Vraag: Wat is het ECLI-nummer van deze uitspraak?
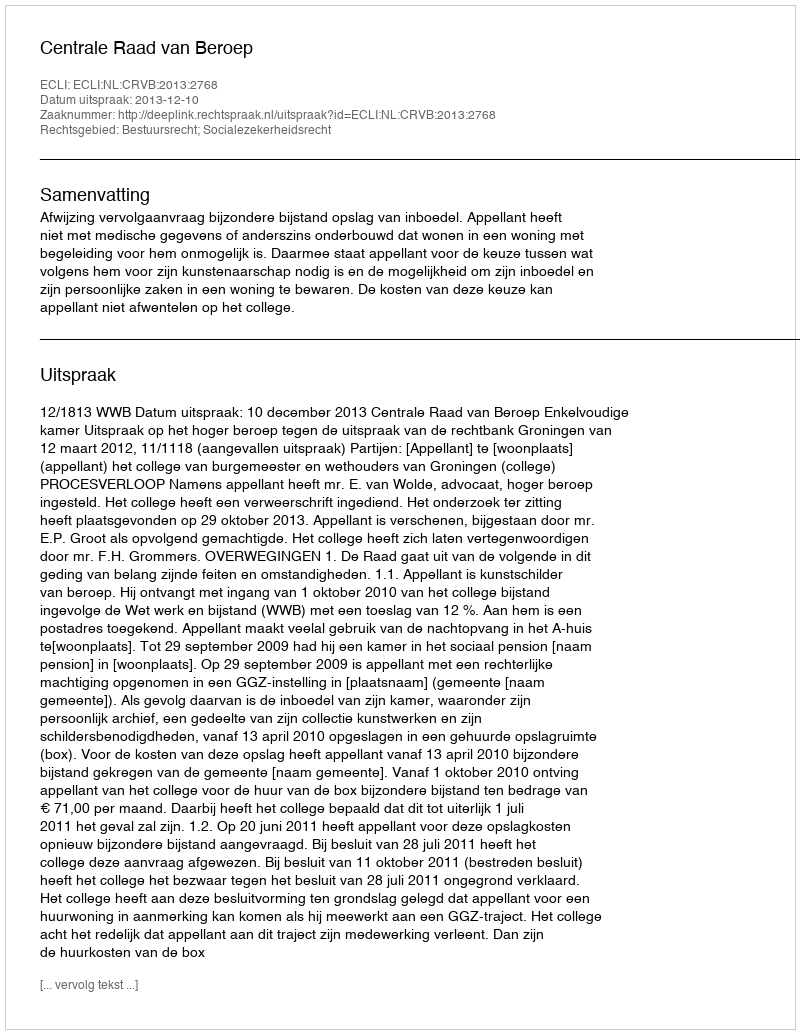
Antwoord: ECLI:NL:CRVB:2013:2768